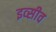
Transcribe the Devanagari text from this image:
इव्सीव